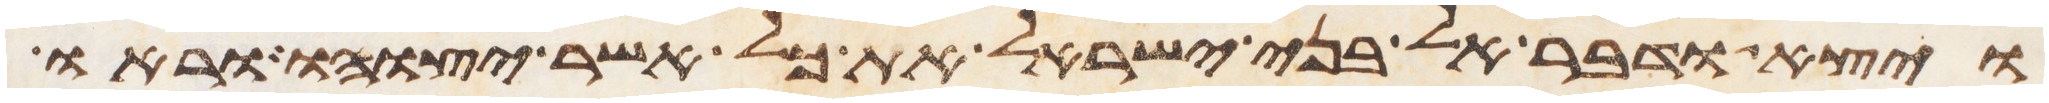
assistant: ויצא ודבר אל בני ישראל את כל אשר יצוהו וראו